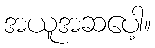
အယူအဆပေါ့။